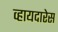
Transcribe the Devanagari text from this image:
व्हायदारेस